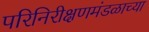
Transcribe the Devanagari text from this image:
परिनिरीक्षणमंडळाच्या